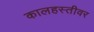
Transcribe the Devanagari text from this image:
कालहस्तीवर